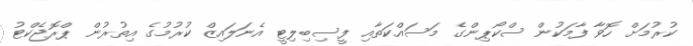
ކުރުމަށް ހޮވާ ފާމަކުން ސްކޯޕިންގެ މަސައްކަތާއި ފީސިބިލިޓީ އެނަލައިޒް ކުރުމުގެ އިތުރުން ޕްރޮޖެކްޓު